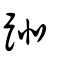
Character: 𨀈